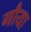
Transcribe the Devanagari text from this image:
गौया